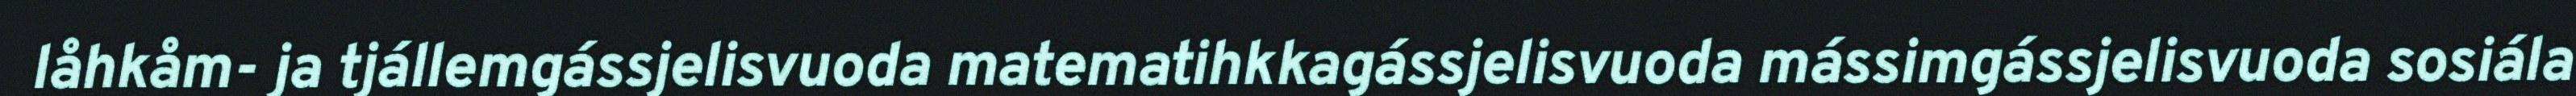
låhkåm- ja tjállemgássjelisvuoda matematihkkagássjelisvuoda mássimgássjelisvuoda sosiála